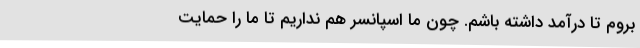
بروم تا درآمد داشته باشم. چون ما اسپانسر هم نداریم تا ما را حمایت